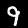
Label: 9